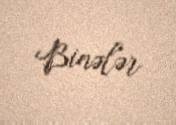
Binələr